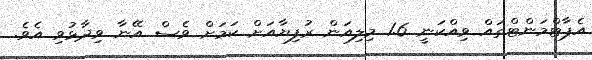
އެޕާޓްމަންޓްތައް ވިއްކަނީ 1.6 މިލިއަން ރުފިޔާއަށް ކަމަށް ވެސް އޭނާ ވިދާޅުވި އެވެ.